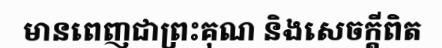
មានពេញជាព្រះគុណ និងសេចក្តីពិត